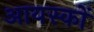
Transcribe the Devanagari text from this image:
आयस्कों